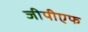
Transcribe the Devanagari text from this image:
जीपीएफ